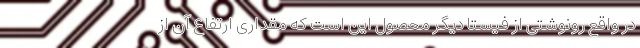
در واقع رونوشتی از فیستا دیگر محصول این است که مقداری ارتفاع آن از